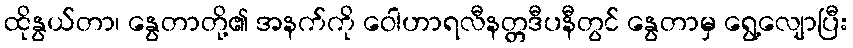
ထိုနွယ်တာ၊ နွေတာတို့၏ အနက်ကို ဝေါဟာရလီနတ္တဒီပနီတွင် နွေတာမှ ရွေ့လျောပြီး